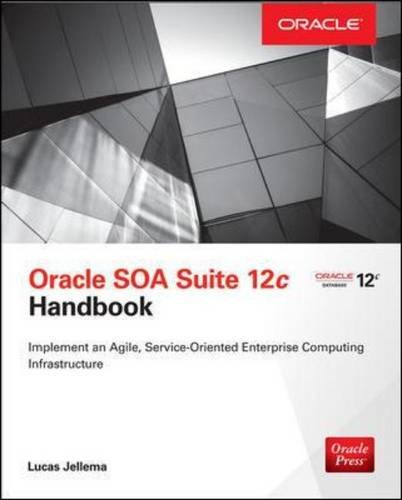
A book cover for Oracle SOA Suite 12c Handbook (Oracle Press); Lucas Jellema; Computers & Technology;